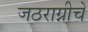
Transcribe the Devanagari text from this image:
जठराग्नीचे